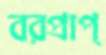
বরপ্রাপ্